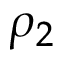
\rho _ { 2 }